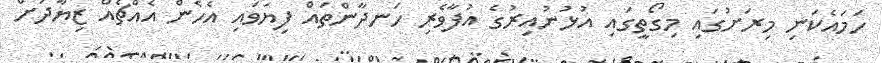
ހަމައެކަނި މިރަށުގައި މިގޯތީގައި އުޅުނުއިރުގެ އުފާވެރި ހަނދާންތައް ފިޔަވައި އެހެން އެއްޗެއް ޒިޔާދަށް